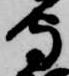
守